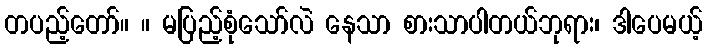
တပည့်တော်။ ။ မပြည့်စုံသော်လဲ နေသာ စားသာပါတယ်ဘုရား၊ ဒါပေမယ့်